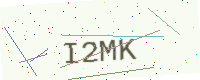
Text: I2MK